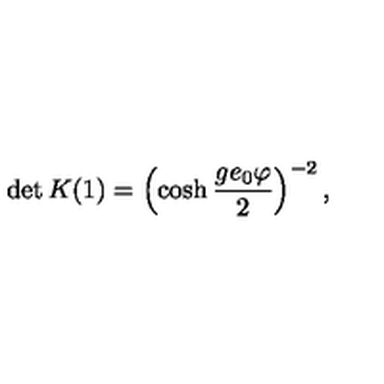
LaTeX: \det { K } ( 1 ) = \left( \cosh \frac { g e _ { 0 } \varphi } { 2 } \right) ^ { - 2 } ,